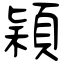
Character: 穎